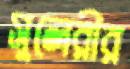
সুলেরীর